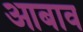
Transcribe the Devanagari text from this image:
आबाव